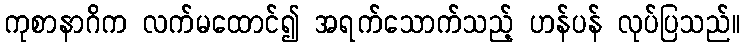
ကုစာနာဂိက လက်မထောင်၍ အရက်သောက်သည့် ဟန်ပန် လုပ်ပြသည်။